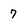
Character: 7